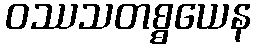
ဝဿသတစ္စယေန